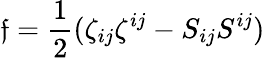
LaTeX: \mathfrak{f}=\frac{1}{2}(\zeta_{ij}\zeta^{ij}-S_{ij}S^{ij})